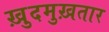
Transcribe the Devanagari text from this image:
ख़ुदमुख़तार